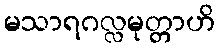
မသာရဂလ္လမုတ္တာဟိ